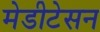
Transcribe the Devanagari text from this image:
मेडीटेसन